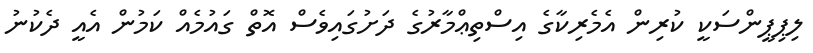
ލިޕިޕީންސަކީ ކުރިން އެމެރިކާގެ އިސްތިޢްމާރުގެ ދަށުގައިވެސް އޮތް ގައުމެއް ކަމުން އެއީ ދެކުނު